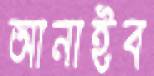
আনাইব